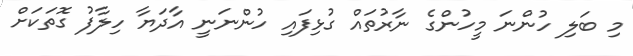
މި ބަލި ހުންނަ މީހުންގެ ނާރުތައް ގުޅިފައި ހުންނަނީ އާދަޔާ ހިލާފު ގޮތަކަށް